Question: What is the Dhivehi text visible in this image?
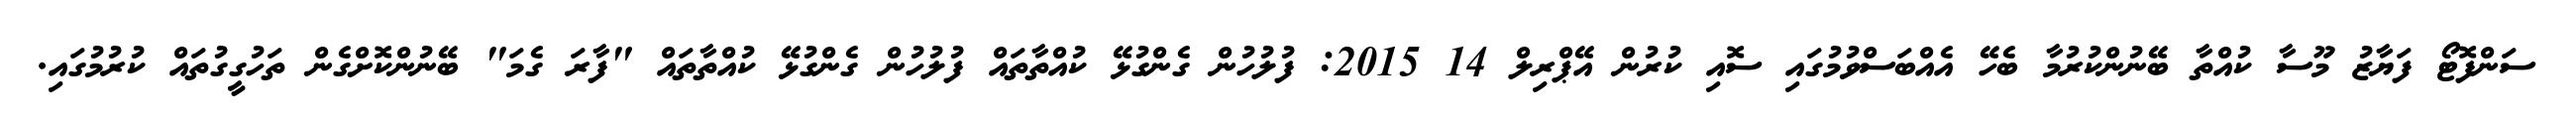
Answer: ސަންފޮޓޯ ފަޔާޒު މޫސާ ކުއްތާ ބޭނުންކުރުމާ ބެހޭ އެއްބަސްވުމުގައި ސޮއި ކުރުން އޭޕްރިލް 14 2015: ފުލުހުން ގެންގުޅޭ ކުއްތާތައް ފުލުހުން ގެންގުޅޭ ކުއްތާތައް "ފާރަ ގެމަ" ބޭނުންކޮށްގެން ތަހުގީގުތައް ކުރުމުގައި.